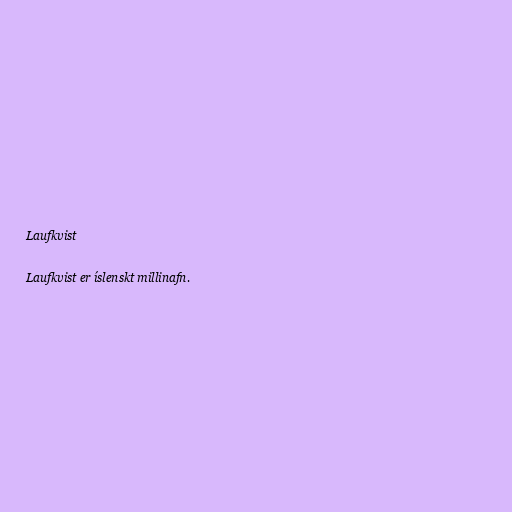
Laufkvist

Laufkvist er íslenskt millinafn.